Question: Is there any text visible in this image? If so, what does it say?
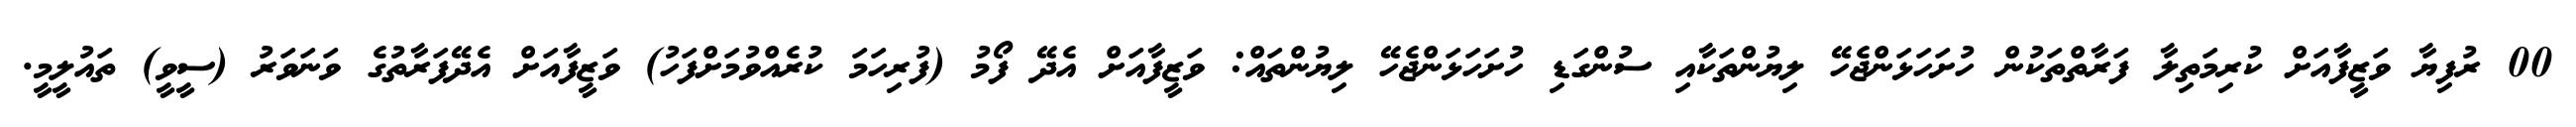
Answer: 00 ރުފިޔާ ވަޒީފާއަށް ކުރިމަތިލާ ފަރާތްތަކުން ހުށަހަޅަންޖެހޭ ލިޔުންތަކާއި ސުންގަޑި ހުށަހަޅަންޖެހޭ ލިޔުންތައް: ވަޒީފާއަށް އެދޭ ފޯމު (ފުރިހަމަ ކުރެއްވުމަށްފަހު) ވަޒީފާއަށް އެދޭފަރާތުގެ ވަނަވަރު (ސީވީ) ތައުލީމީ.